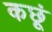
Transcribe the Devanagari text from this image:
कछूं